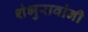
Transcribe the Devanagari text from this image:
शंभुरावांनी